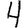
Digit: 4